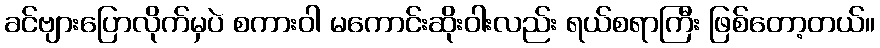
ခင်ဗျားပြောလိုက်မှပဲ စကားဝါ မကောင်းဆိုးဝါးလည်း ရယ်စရာကြီး ဖြစ်တော့တယ်။